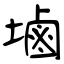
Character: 塷